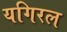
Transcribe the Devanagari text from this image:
यगिरल